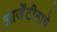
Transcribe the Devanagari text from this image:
आर्जेंटीनाचे